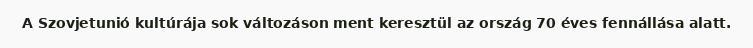
A Szovjetunió kultúrája sok változáson ment keresztül az ország 70 éves fennállása alatt.